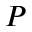
P